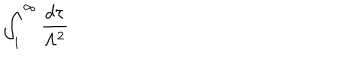
LaTeX: \int _ { 1 } ^ { \infty } \frac { d \tau } { \Lambda ^ { 2 } }